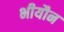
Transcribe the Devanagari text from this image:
भीयौन